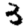
Digit: 3